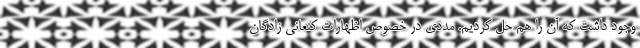
وجود داشت که آن را هم حل کردیم. مددی در خصوص اظهارات کنعانی زادگان